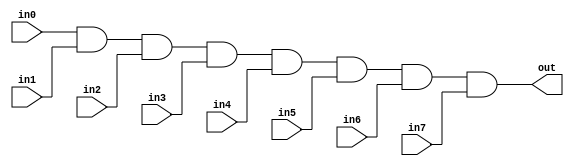
module eight_input_and_gate (
    input wire in0,
    input wire in1,
    input wire in2,
    input wire in3,
    input wire in4,
    input wire in5,
    input wire in6,
    input wire in7,
    output reg out
);

always @(*) begin
    out = in0 & in1 & in2 & in3 & in4 & in5 & in6 & in7;
end

endmodule